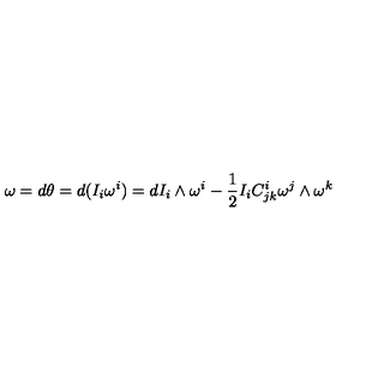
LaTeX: \omega = d \theta = d ( I _ { i } \omega ^ { i } ) = d I _ { i } \wedge \omega ^ { i } - \frac { 1 } { 2 } I _ { i } C _ { j k } ^ { i } \omega ^ { j } \wedge \omega ^ { k }